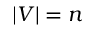
| V | = n